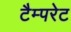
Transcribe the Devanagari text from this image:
टैम्परेट